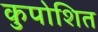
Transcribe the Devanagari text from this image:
कुपोशित